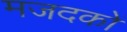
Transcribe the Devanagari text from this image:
मजदकों